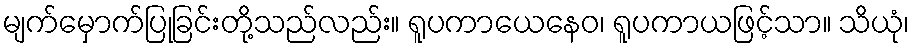
မျက်မှောက်ပြုခြင်းတို့သည်လည်း။ ရူပကာယေနေဝ၊ ရူပကာယဖြင့်သာ။ သိယုံ၊